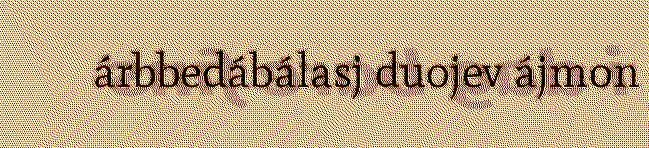
árbbedábálasj duojev ájmon